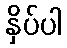
နှိပ်ပါ